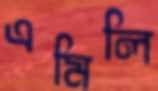
এমিলি